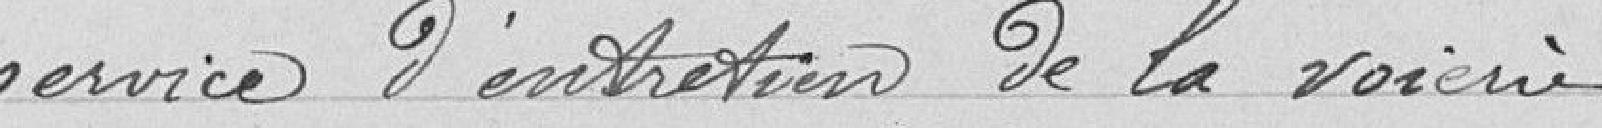
service d'entretien de la voierie.